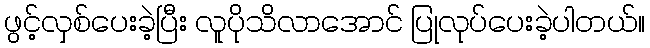
ဖွင့်လှစ်ပေးခဲ့ပြီး လူပိုသိလာအောင် ပြုလုပ်ပေးခဲ့ပါတယ်။